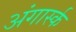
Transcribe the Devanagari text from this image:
अंगार्स्क